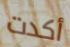
أكدت